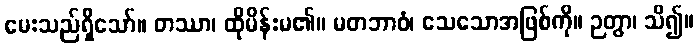
မေးသည်ရှိသော်။ တဿာ၊ ထိုမိန်းမ၏။ မတဘာဝံ၊ သေသောအဖြစ်ကို။ ဉတွာ၊ သိ၍။